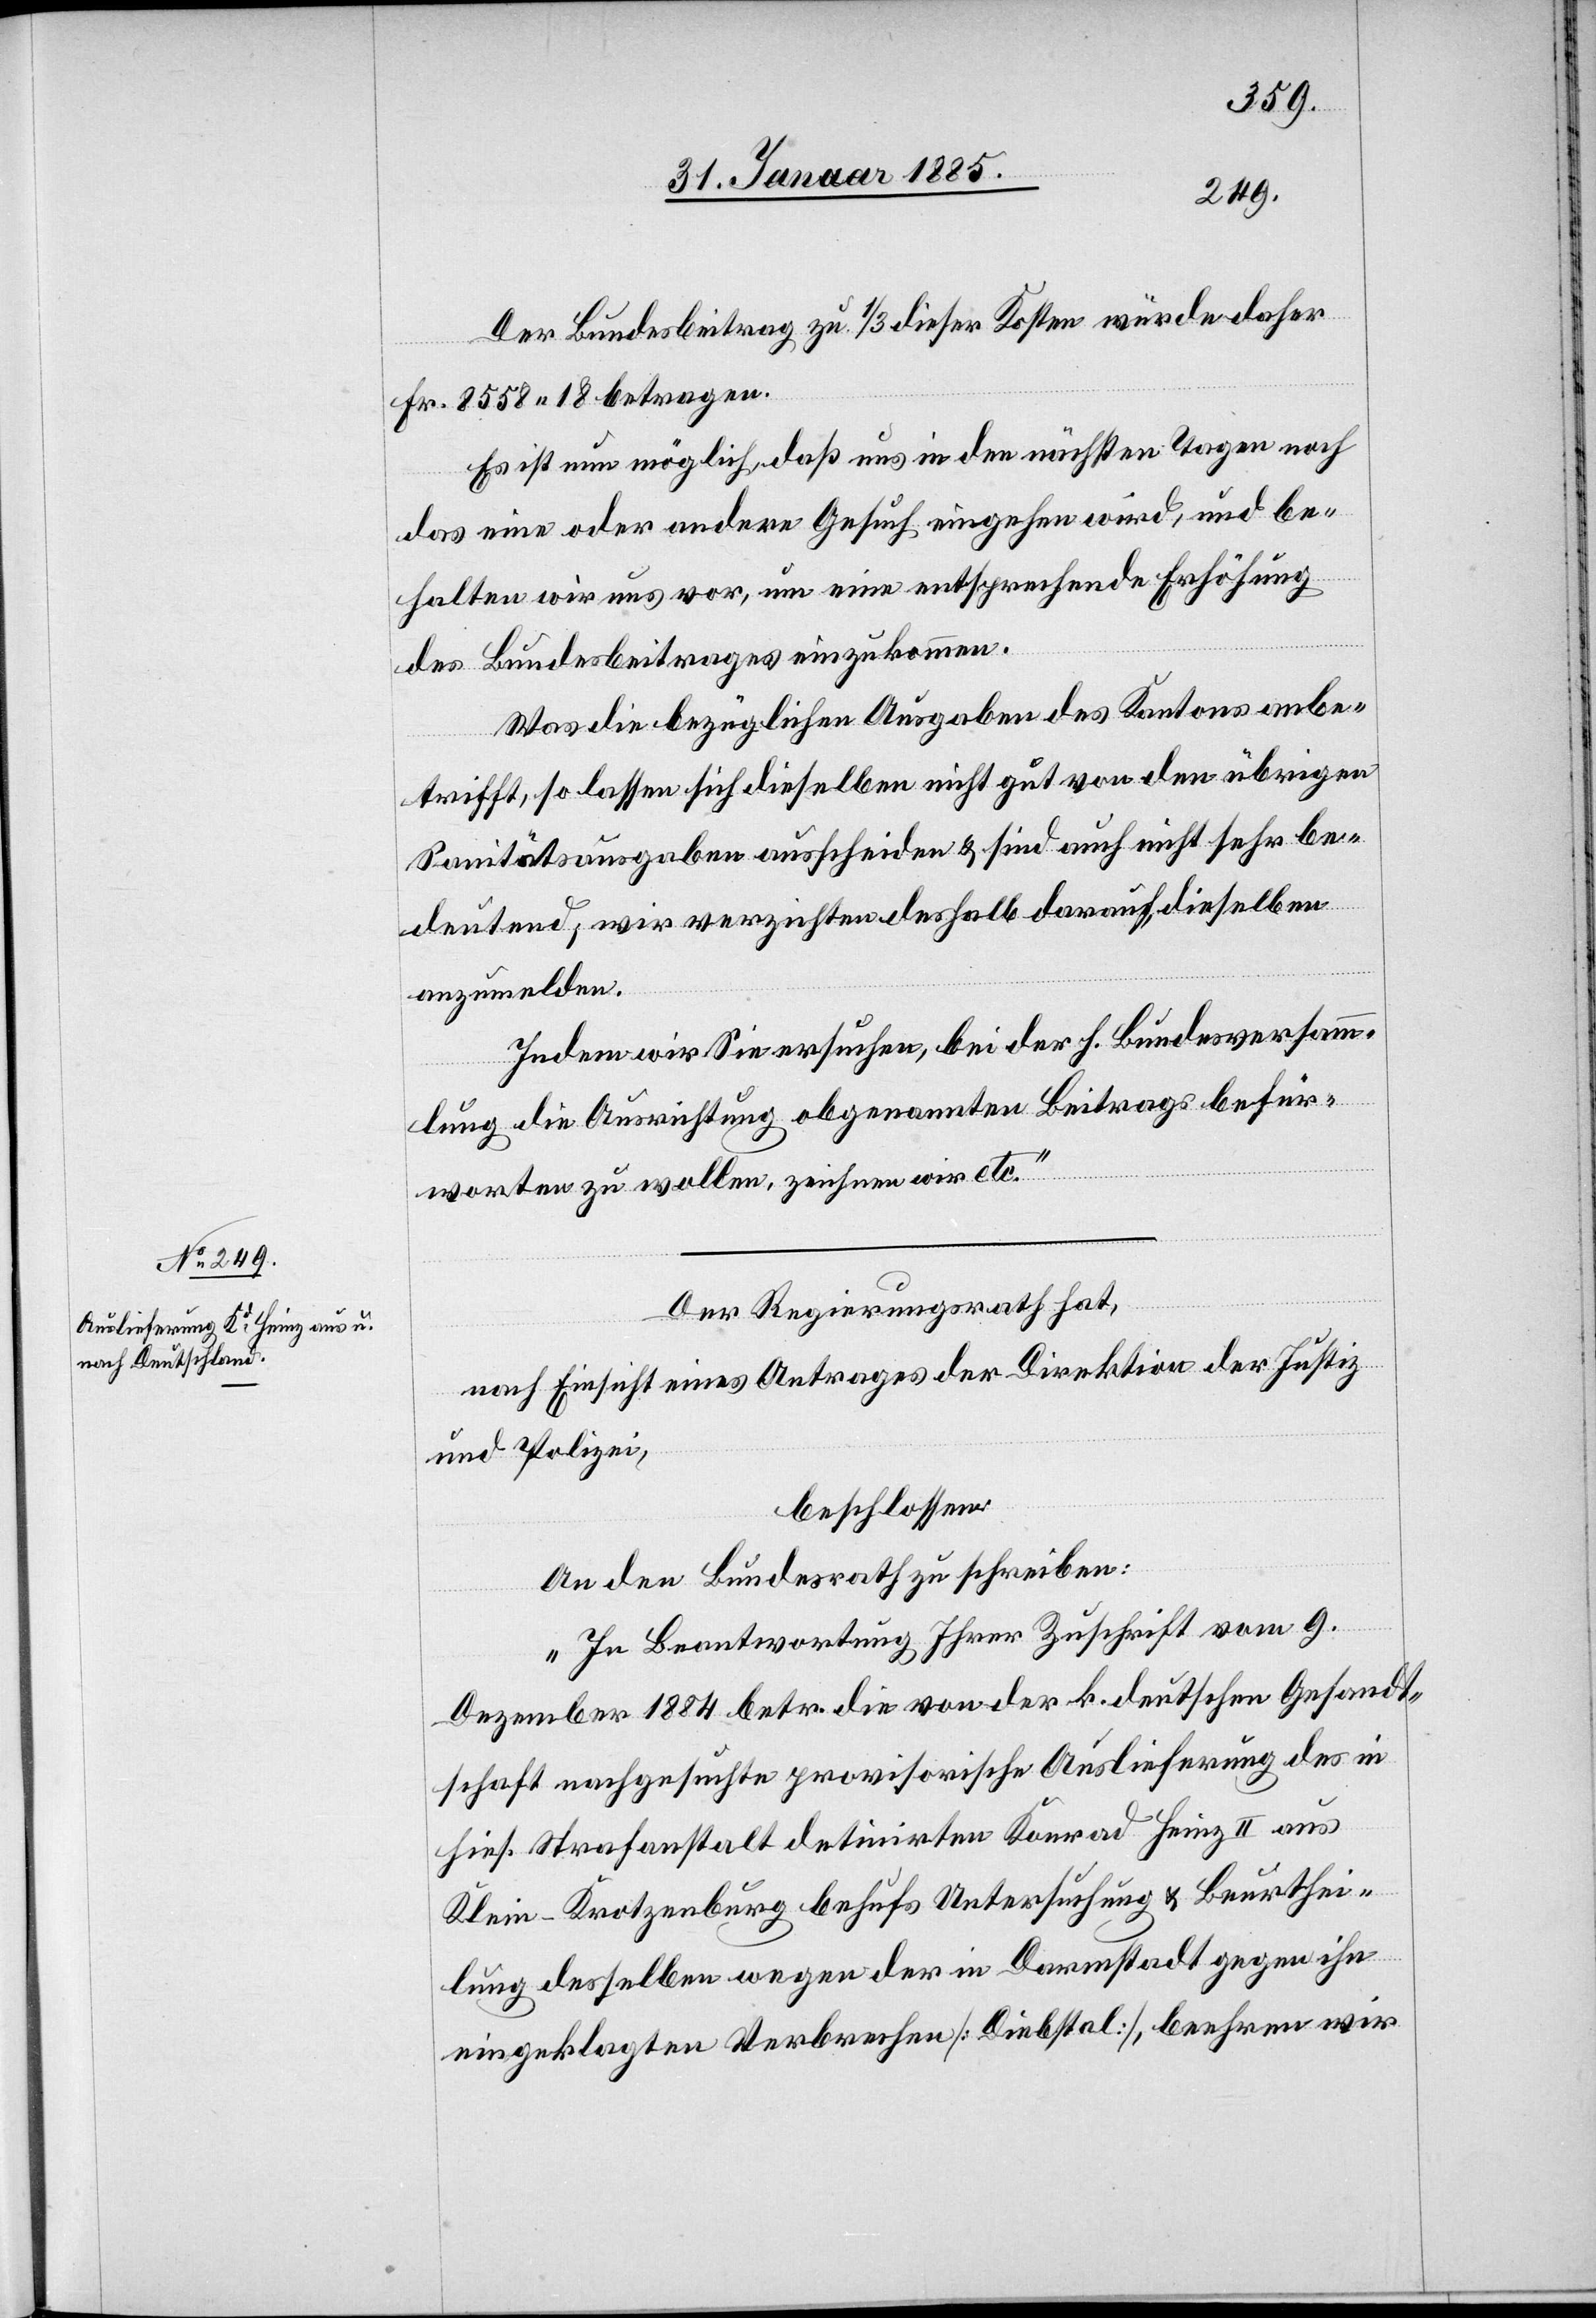
Der Bundesbeitrag zu 1/3 dieser Kosten würde daher
Fr. 8558 18 betragen.
Es ist nun möglich, daß uns in den nächsten Tagen noch
das eine oder andere Gesuch eingehen wird, und be¬
halten wir uns vor, um eine entsprechende Erhöhung
des Bundesbeitrages einzukommen.
Was die bezüglichen Ausgaben des Kantons anbe¬
trifft, so lassen sich dieselben nicht gut von den übrigen
Sanitätsausgaben ausscheiden & sind auch nicht sehr be¬
deutend; wir verzichten deshalb darauf, dieselben
anzumelden.
Indem wir Sie ersuchen, bei der h. Bundesversamm¬
lung die Ausrichtung obgenannten Beitrags befür¬
worten zu wollen, zeichnen wir etc.“
Der Regierungsrath hat,
nach Einsicht eines Antrages der Direktion der Justiz
beschlossen:
An den Bundesrath zu schreiben:
„In Beantwortung Ihrer Zuschrift vom 9.
Dezember 1884 betr. die von der k. deutschen Gesandt¬
schaft nachgesuchte provisorische Auslieferung des in
hies. Strafanstalt detinirten Konrad Heinz II aus
Klein-Krotzenburg behufs Untersuchung & Beurthei¬
lung derselben wegen der in Darmstadt gegen ihn
eingeklagten Verbrechen [Diebstahl], beehren wir